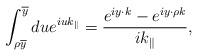
LaTeX: \begin{align*}\int_{\rho \overline{y}}^{\overline{y}}du e^{iu k_\parallel}=\frac{e^{iy\cdot k}-e^{iy\cdot \rho k}}{ik_\parallel},\end{align*}